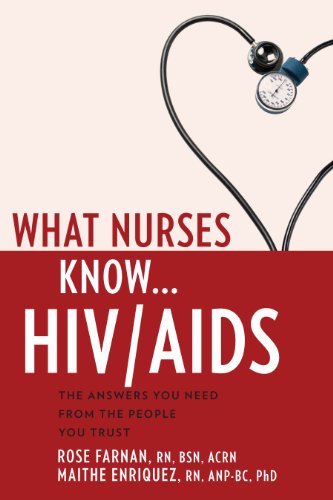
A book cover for What Nurses Know...HIV/AIDS; Maithe Enriquez PhD  RN  ANP-BC; Health, Fitness & Dieting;